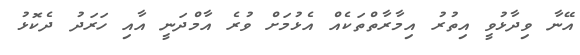
އޭނާ ވިދާޅުވީ އިތުރު އިމާރާތްތަކެއް އެޅުމަށް ވުރެ އާމްދަނީ އާއި ހަރަދު ދެކޮޅު